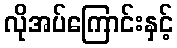
လိုအပ်ကြောင်းနှင့်